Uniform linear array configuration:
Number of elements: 4
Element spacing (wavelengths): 1
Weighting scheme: blackman
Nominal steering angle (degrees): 15
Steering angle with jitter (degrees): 13.848
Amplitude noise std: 0.05
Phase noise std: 0.05

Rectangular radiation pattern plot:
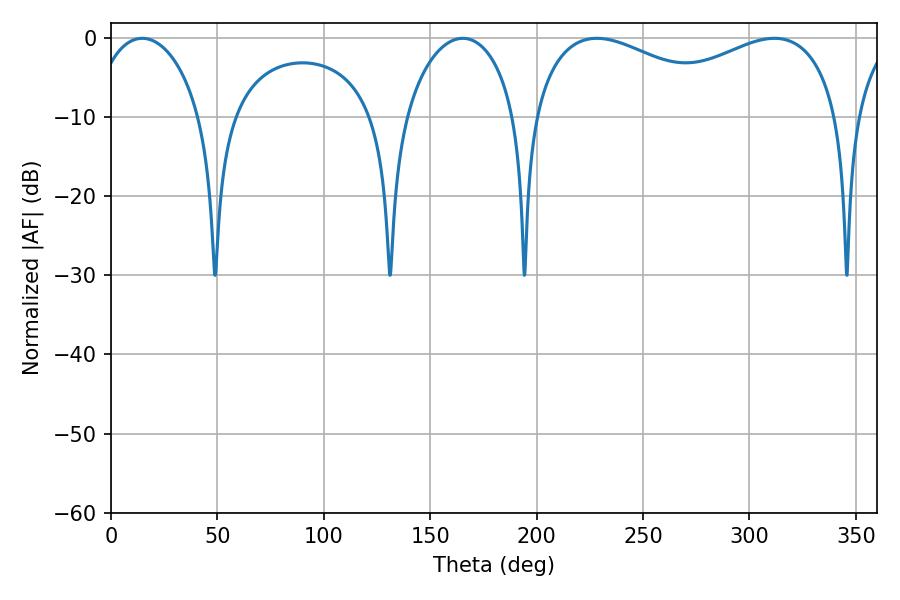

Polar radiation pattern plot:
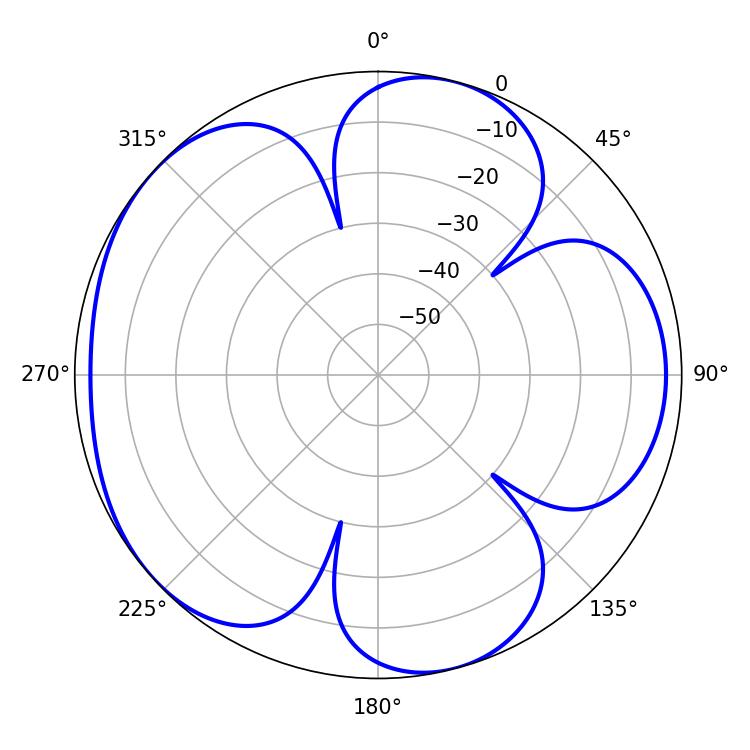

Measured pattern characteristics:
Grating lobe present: TRUE
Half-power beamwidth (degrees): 55.44
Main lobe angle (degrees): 228.24